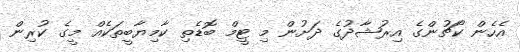
އެހެން ކޯޗުންގެ އިރުޝާދުގެ ދަށުން މި ޓީމް ބޮޑެތި ކާމިޔާބީތަކެއް މީގެ ކުރިން